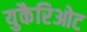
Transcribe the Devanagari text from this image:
युकैरिओट